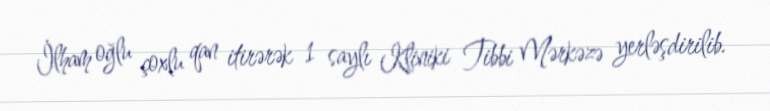
İlham oğlu çoxlu qan itirərək 1 saylı Kliniki Tibbi Mərkəzə yerləşdirilib.